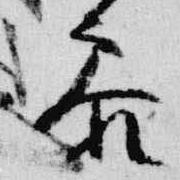
参